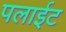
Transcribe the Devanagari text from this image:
पलाईट